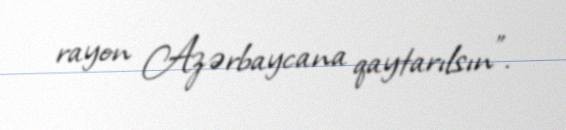
rayon Azərbaycana qaytarılsın”.